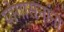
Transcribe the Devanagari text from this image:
योगासनांना